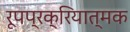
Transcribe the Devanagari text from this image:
रूपप्रक्रियात्मक